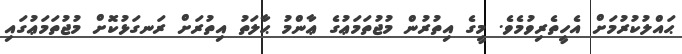
ޙައްލުކުރުމަށް އެހީތެރިވުމެވެ. މީގެ އިތުރުން މުޖުތަމަޢުގެ ޢާންމު ޙާލަތު އިތުރަށް ރަނގަޅުކޮށް މުޖުތަމަޢުގައި